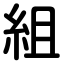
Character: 組